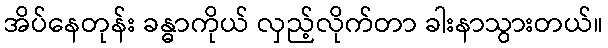
အိပ်နေတုန်း ခန္ဓာကိုယ် လှည့်လိုက်တာ ခါးနာသွားတယ်။